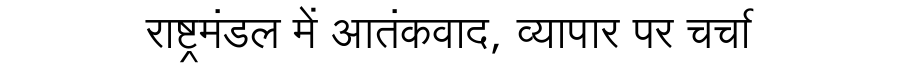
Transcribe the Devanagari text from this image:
राष्ट्रमंडल में आतंकवाद, व्यापार पर चर्चा